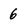
Character: 6